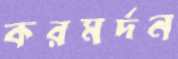
করমর্দন